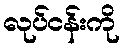
လုပ်ငန်းကို